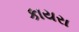
કાયરા